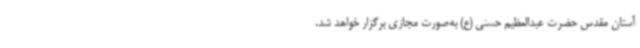
آستان مقدس حضرت عبدالعظیم حسنی (ع) به‌صورت مجازی برگزار خواهد شد.